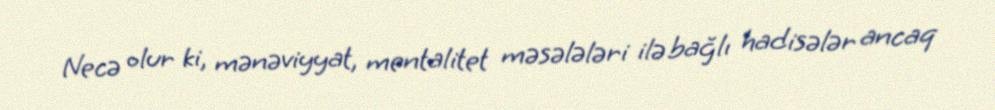
Necə olur ki, mənəviyyat, mentalitet məsələləri ilə bağlı hadisələr ancaq